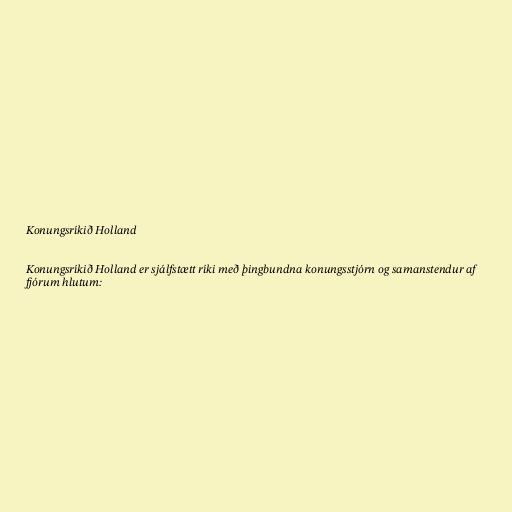
Konungsríkið Holland

Konungsríkið Holland er sjálfstætt ríki með þingbundna konungsstjórn og samanstendur af
fjórum hlutum: